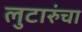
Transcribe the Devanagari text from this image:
लुटारुंचा